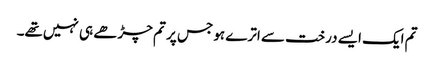
تم ایک ایسے درخت سے اترے ہو جس پر تم چڑھے ہی نہیں‌تھے۔